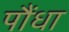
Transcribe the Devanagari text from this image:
पौंधा